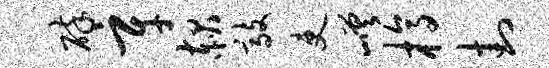
碎辛赧敲吏嵯槁封